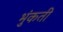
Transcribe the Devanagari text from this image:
भुंकती